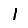
Digit: 1